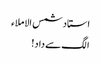
استاد شمس الاملاء
الگ سے داد!